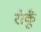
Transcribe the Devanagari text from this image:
रोकूँ